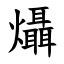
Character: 㸎